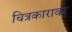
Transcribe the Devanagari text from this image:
चित्रकारावर